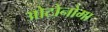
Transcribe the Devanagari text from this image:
ओटोनोमा